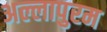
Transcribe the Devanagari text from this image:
अल्लापुरम